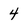
Character: 4